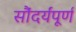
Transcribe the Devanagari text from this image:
सौंदर्यंपूर्ण